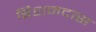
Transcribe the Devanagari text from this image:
बिशनदास